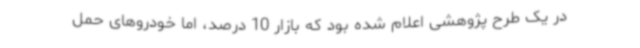
در یک طرح پژوهشی اعلام شده بود که بازار 10 درصد، اما خودروهای حمل